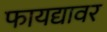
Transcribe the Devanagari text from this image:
फायद्यावर